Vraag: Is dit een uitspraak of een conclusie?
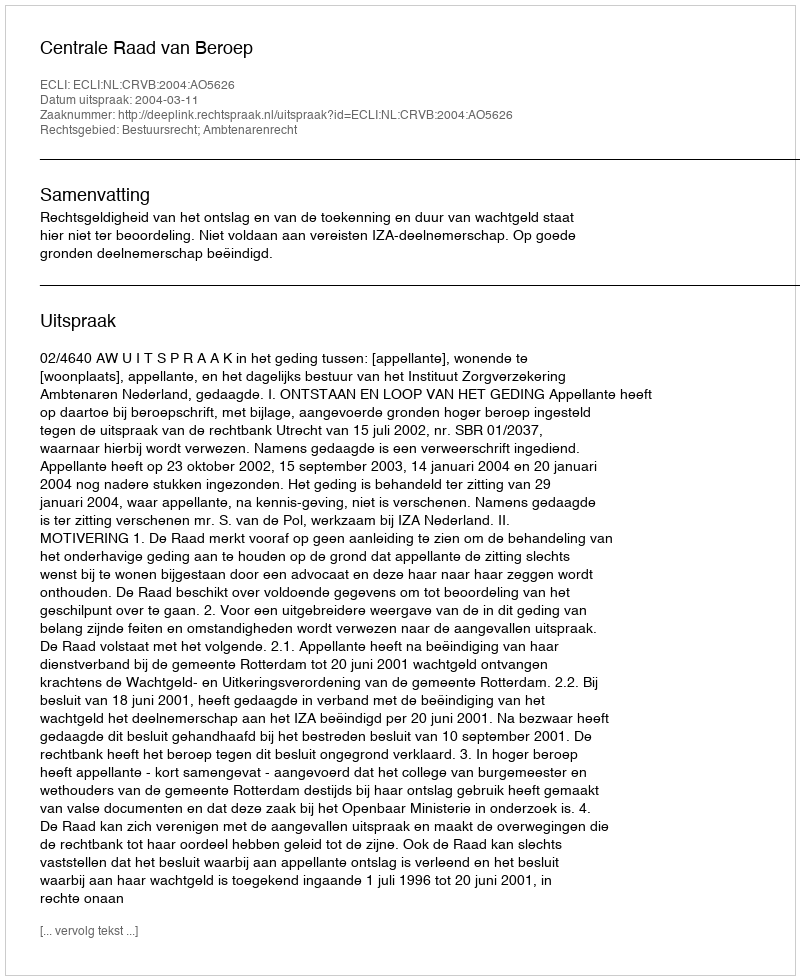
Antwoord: Uitspraak